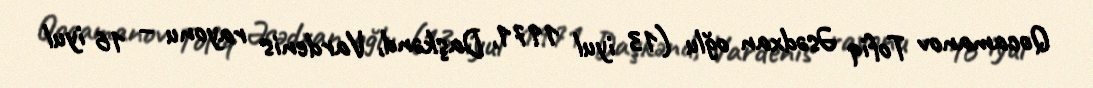
Qocamanov Tofiq Əsədxan oğlu (13 iyul 1971, Daşkənd, Vardenis rayonu – 16 iyul